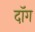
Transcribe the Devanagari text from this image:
दॉग